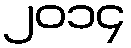
၂၀၁၄